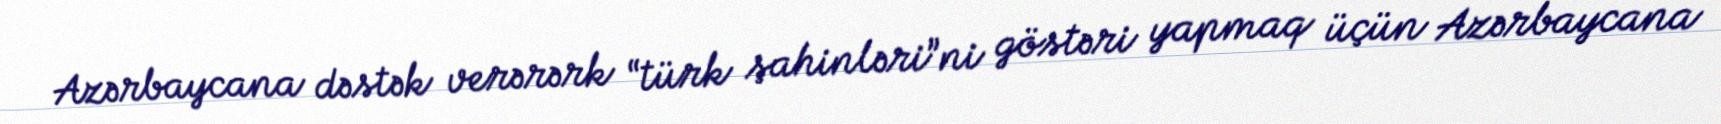
Azərbaycana dəstək verərərk “türk şahinləri”ni göstəri yapmaq üçün Azərbaycana